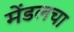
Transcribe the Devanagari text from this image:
मेंडलचा